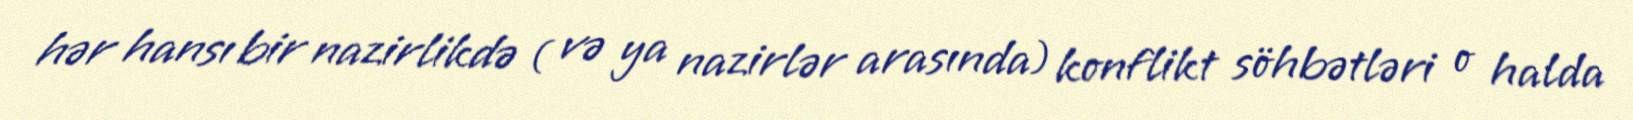
hər hansı bir nazirlikdə ( və ya nazirlər arasında) konflikt söhbətləri o halda